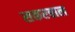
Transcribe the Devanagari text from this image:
सकरवाल